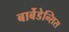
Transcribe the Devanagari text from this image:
बार्बेडेन्सिस